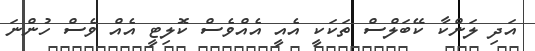
އަދި ލަންކާ ކޭބަލްސް ތަކަކީ އެއީ އެއްވެސް ކޮލިޓީ އެއް ވެސް ހުންނަ